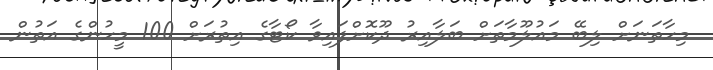
މިހާތަނަށް ލިބޭ މައުލޫމާތަށް ބަލާއިރު ދޫކޮށްފައިވާ ކޯޓާގެ އިތުރަށް 100 މީހުންގެ އަތުން